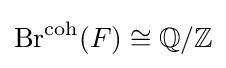
{\text{Br}}^{\text{coh}}(F)\cong \mathbb {Q} /\mathbb {Z}